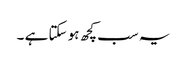
یہ سب کچھ ہو سکتا ہے ۔